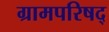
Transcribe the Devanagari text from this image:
ग्रामपरिषद्